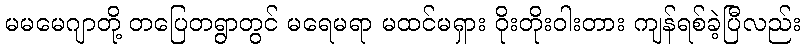
မမမေဂျာတို့ တပြေတရွာတွင် မရေမရာ မထင်မရှား ဝိုးတိုးဝါးတား ကျန်ရစ်ခဲ့ပြီလည်း